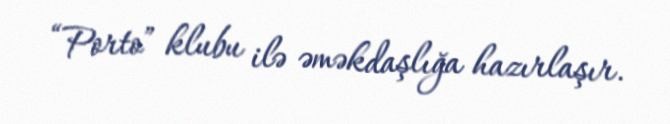
“Porto” klubu ilə əməkdaşlığa hazırlaşır.